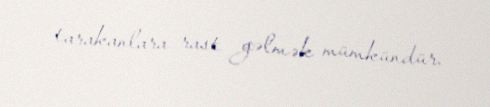
tarakanlara rast gəlmək mümkündür.